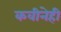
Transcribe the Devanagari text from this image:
कवीनेही